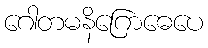
ဂေါတမနိဂြောဓေပေ